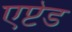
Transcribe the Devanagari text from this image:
एप्टेड